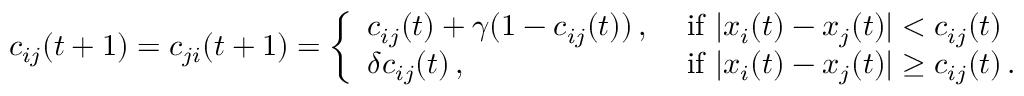
c _ { i j } ( t + 1 ) = c _ { j i } ( t + 1 ) = \left\{ \begin{array} { l l } { c _ { i j } ( t ) + \gamma ( 1 - c _ { i j } ( t ) ) \, , } & { \mathrm { ~ i f ~ } | x _ { i } ( t ) - x _ { j } ( t ) | < c _ { i j } ( t ) } \\ { \delta c _ { i j } ( t ) \, , } & { \mathrm { ~ i f ~ } | x _ { i } ( t ) - x _ { j } ( t ) | \geq c _ { i j } ( t ) \, . } \end{array} \right.